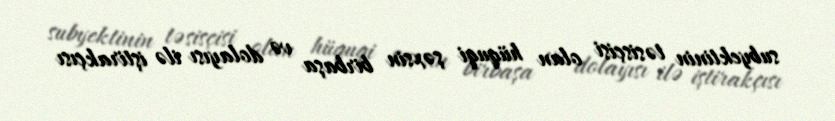
subyektinin təsisçisi olan hüquqi şəxsin birbaşa və dolayısı ilə iştirakçısı